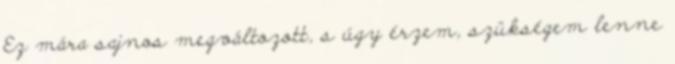
Ez mára sajnos megváltozott, s úgy érzem, szükségem lenne